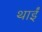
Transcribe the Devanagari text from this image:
थाईं